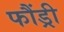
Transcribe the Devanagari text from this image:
फौंड्री